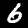
Label: 6